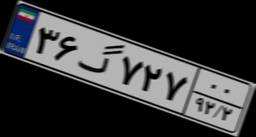
۹۲گ۰۹۵۸۰